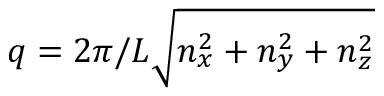
q = 2 \pi / L \sqrt { n _ { x } ^ { 2 } + n _ { y } ^ { 2 } + n _ { z } ^ { 2 } }